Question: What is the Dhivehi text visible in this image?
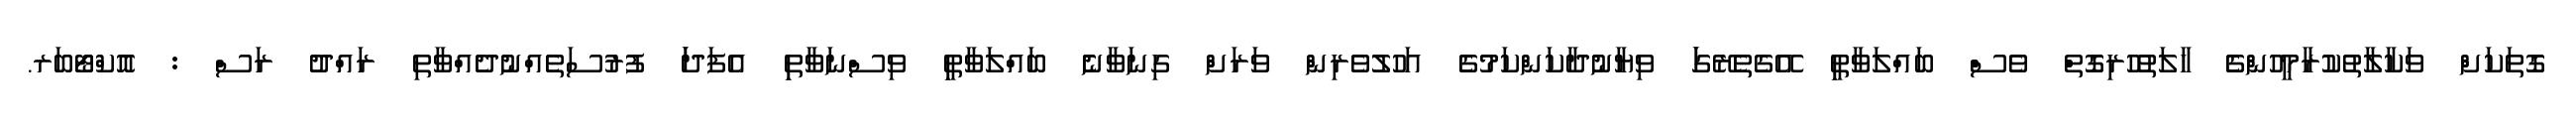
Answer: ގޮތަކަށްް ވަކާލާތުކުރާމީހުންގެެ ހާލަތުހުރިގޮތްް ވެސްް ބައްލަވާތިީ އޭގެތެރޭގަަ ވިޔާނުދާކަންކަމުގެެ އަހުލުވެރިންް ވަރަށްް ގިނަވާނެެ ބައްލަވާތިީ ވިސްނަވާތިި އެފަދަަ ފުރުސަތެއްނުދެއްވާތި ރައްދު ރަސް : އޮކްޓޯބަރ.